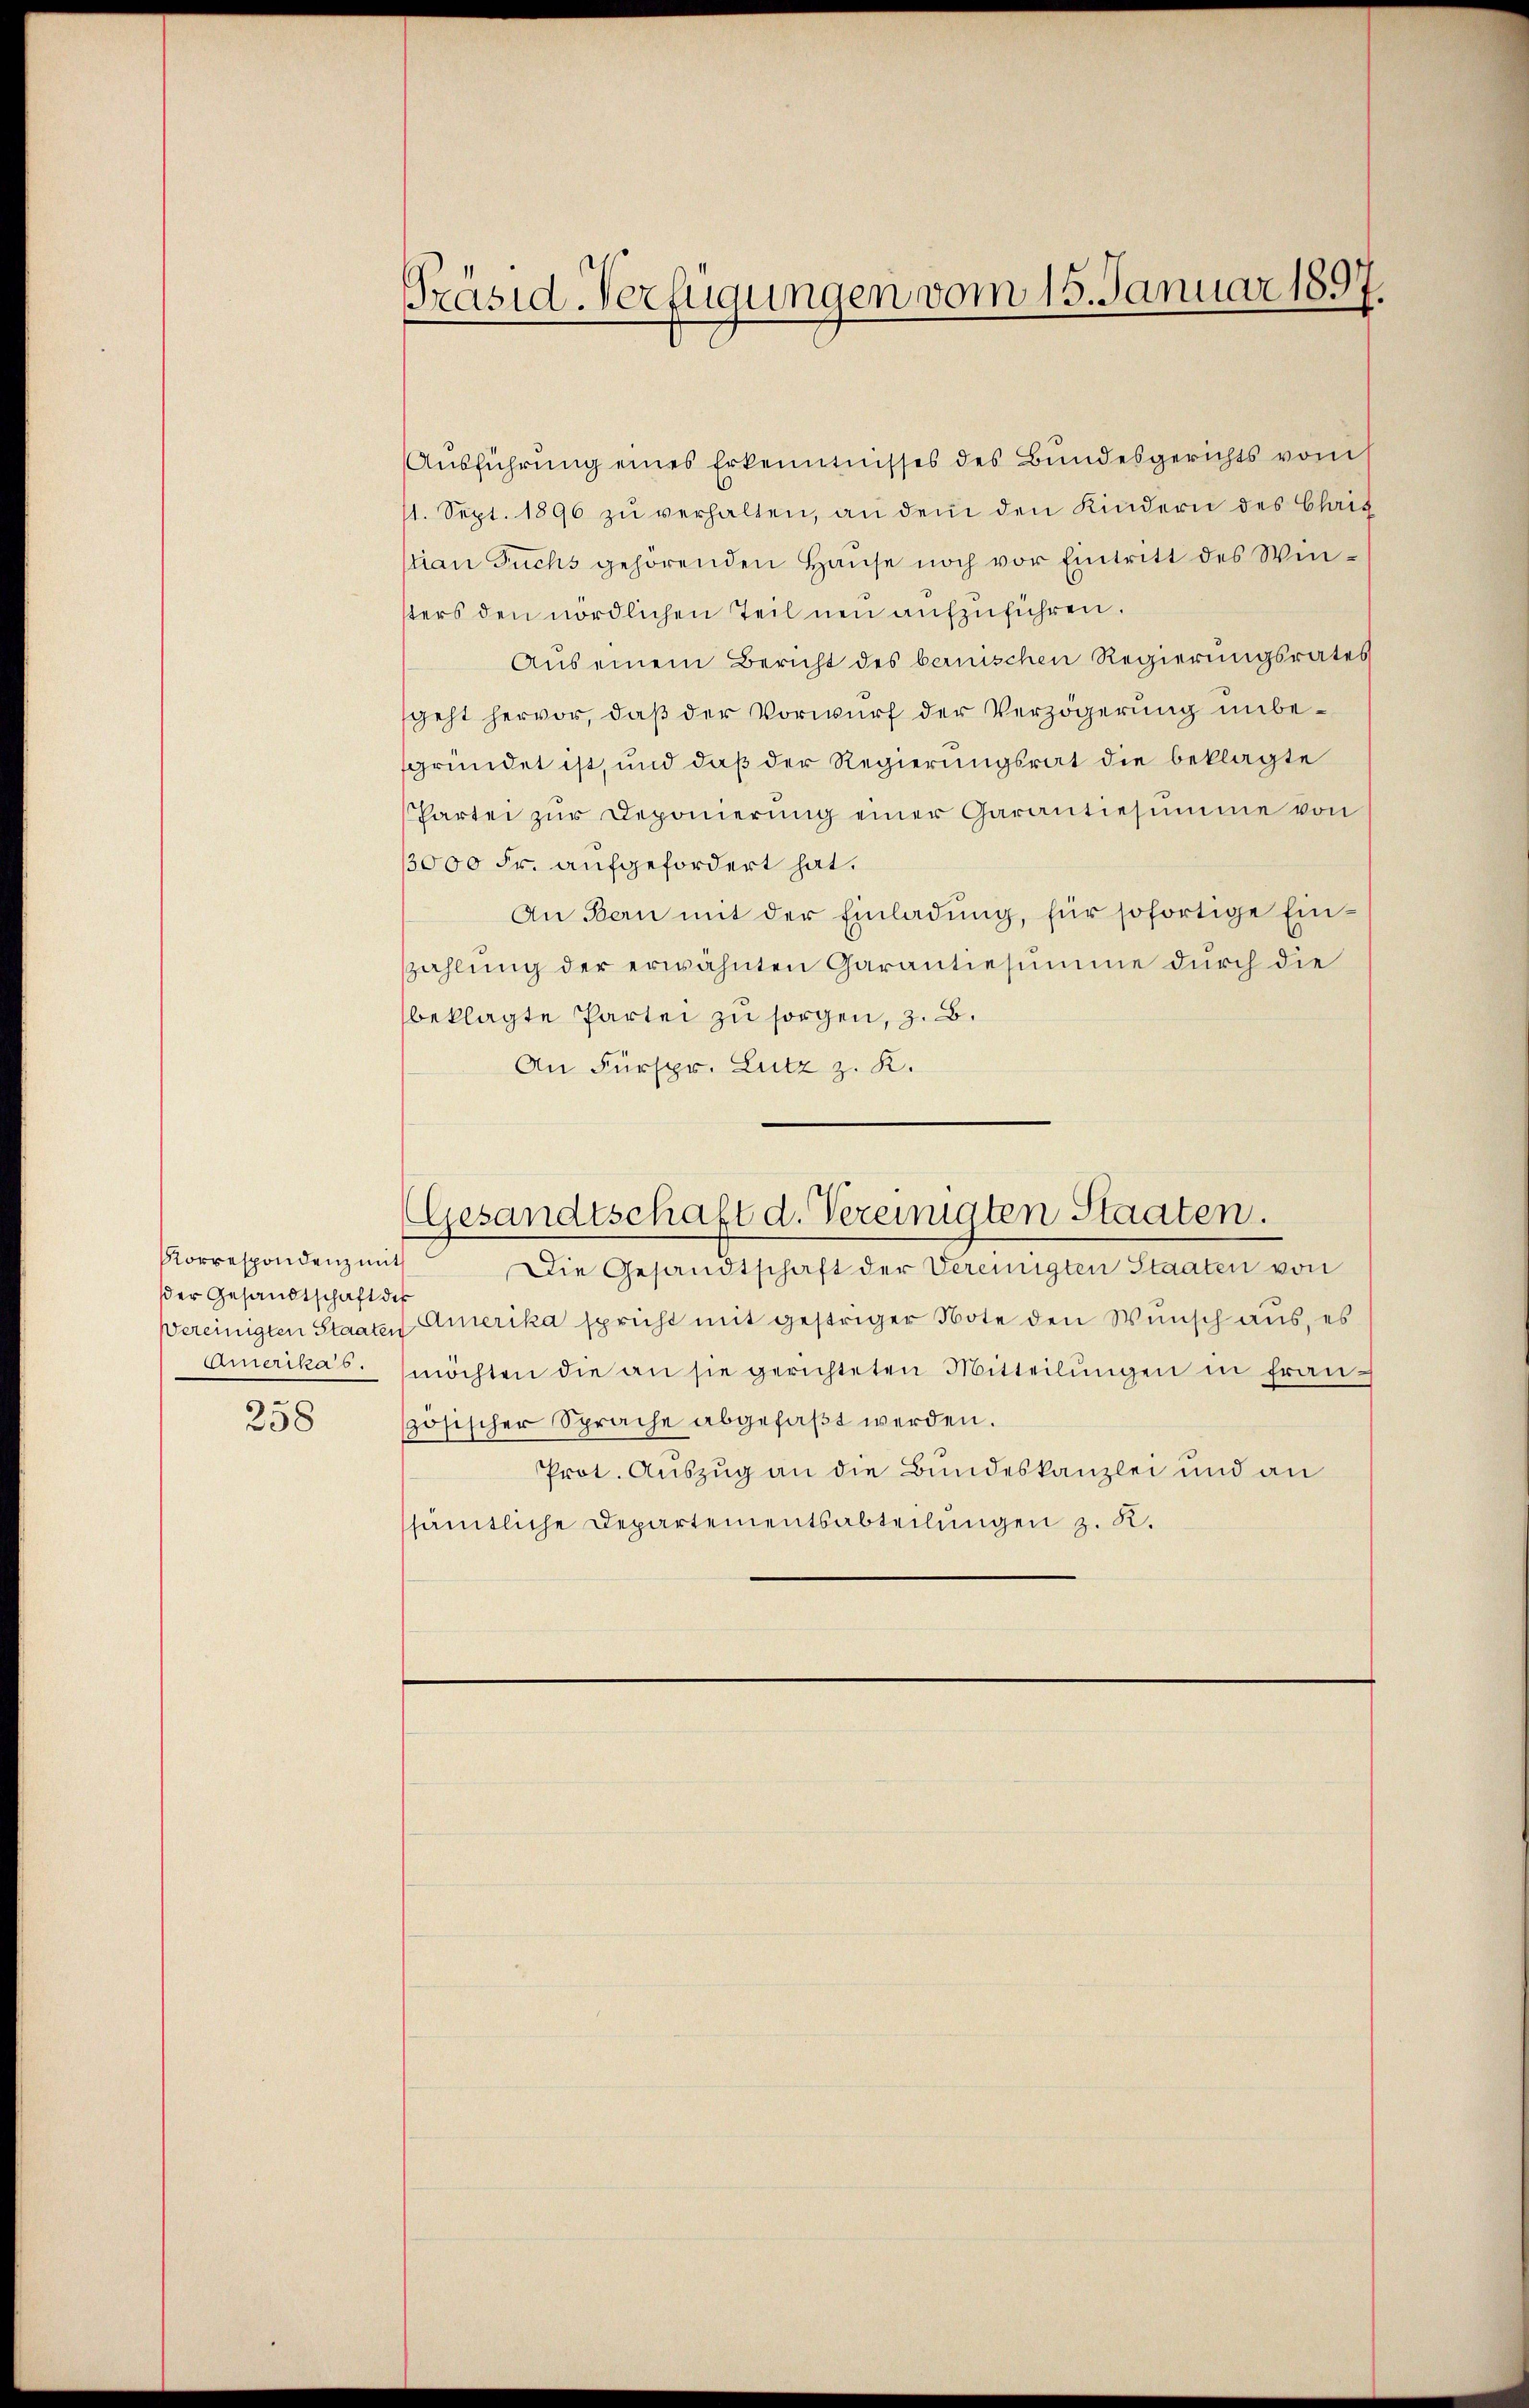
Korrespondenz mit
der Gesandtschaft des
Vereinigten Staaten
Amerika’s.
258

Präsid-Verfügungen vom 15. Januar 1897

Ausführung eines Erkenntnisses des Bundesgerichts vom
1. Sept. 1896 zŭ verhalten, an dem den Kindern des Chris
tian Fuchs gehörenden Hause noch vor Eintritt des Winsters den nördlichen Teil neu aufzuführen.
Aus einem Bericht des bernischen Regierungsrates
geht hervor, daß der Vorwurf der Verzögerung unbefgründet ist, und daß der Regierungsrat die beklagte
Partei zŭr Deponierŭng einer Garantiesŭmme von
13000 Fr. aufgefordert hat.
An Bern mit der Einladung, für sofortige Einzahlung der erwähnten Garantiesumme durch die
beklagte Partei zu sorgen, z. B.
An Fürspr. Lutz z. K.
(Gesandtschaft d. Vereinigten Staaten.
Die Gesandtschaft der Vereinigten Staaten von
Amerika spricht mit gestriger Note den Wunsch aus, es
möchten die an sie gerichteten Mitteilŭngen in französischer Sprache abgefaßt werden.
Prot. Auszug an die Bundeskanzlei und an
sämtliche Departementsabteilungen z. R.